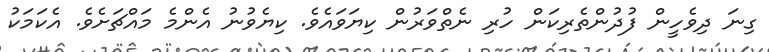
ގިނަ ދިވެހީން ފުދުންތެރިކަން ހުރި ނެތްވަރުން ކިޔަވައެވެ. ކިޔެވުނު އެންމެ މައްޗަށެވެ. އެކަމަކު